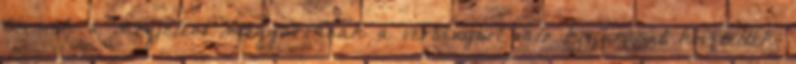
bécsiek a megjelent magyaroknak a versenyből való kizárását követelték,